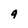
Character: 9